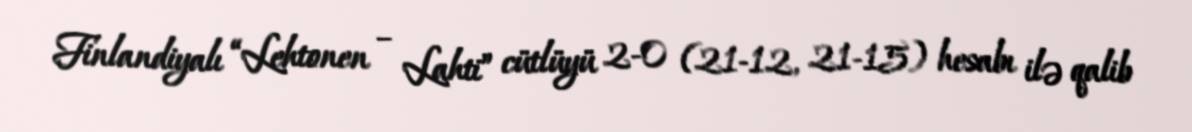
Finlandiyalı “Lehtonen – Lahti” cütlüyü 2-0 (21-12, 21-15) hesabı ilə qalib